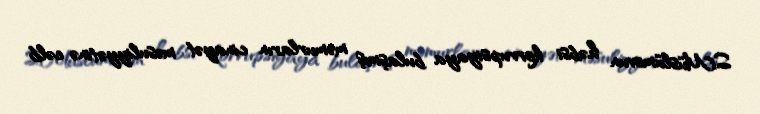
S.Müslümovun həbsi korrupsiyaya bulaşmış məmurların cinayət məsuliyyətinə cəlb